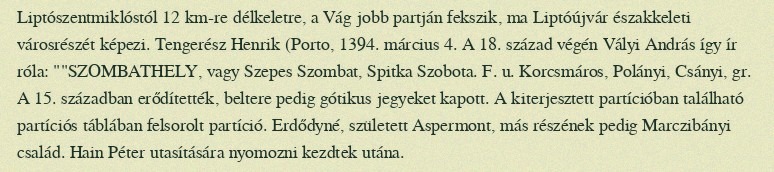
Liptószentmiklóstól 12 km-re délkeletre, a Vág jobb partján fekszik, ma Liptóújvár északkeleti városrészét képezi. Tengerész Henrik (Porto, 1394. március 4. A 18. század végén Vályi András így ír róla: ""SZOMBATHELY, vagy Szepes Szombat, Spitka Szobota. F. u. Korcsmáros, Polányi, Csányi, gr. A 15. században erődítették, beltere pedig gótikus jegyeket kapott. A kiterjesztett partícióban található partíciós táblában felsorolt partíció. Erdődyné, született Aspermont, más részének pedig Marczibányi család. Hain Péter utasítására nyomozni kezdtek utána.